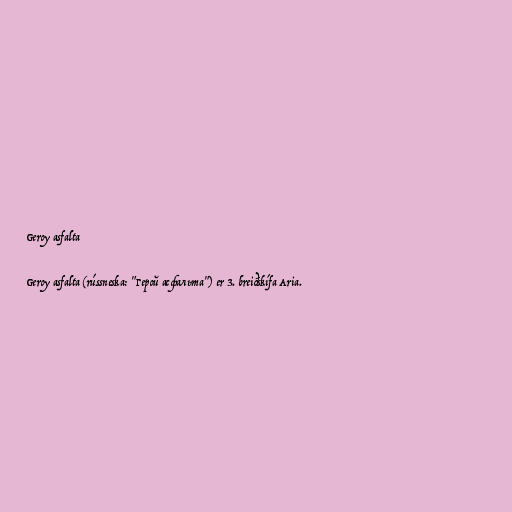
Geroy asfalta

Geroy asfalta (rússneska: "Герой асфальта") er 3. breiðskífa Aria.